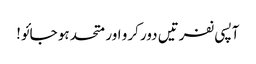
آپسی نفرتیں دور کرو اور متحد ہو جائو!